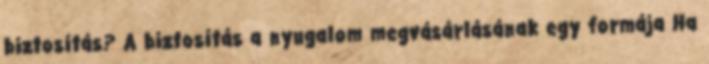
biztosítás? A biztosítás a nyugalom megvásárlásának egy formája Ha